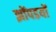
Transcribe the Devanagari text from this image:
झोंपडयों